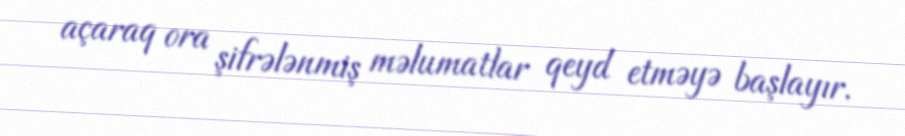
açaraq ora şifrələnmiş məlumatlar qeyd etməyə başlayır.